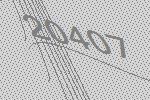
20407